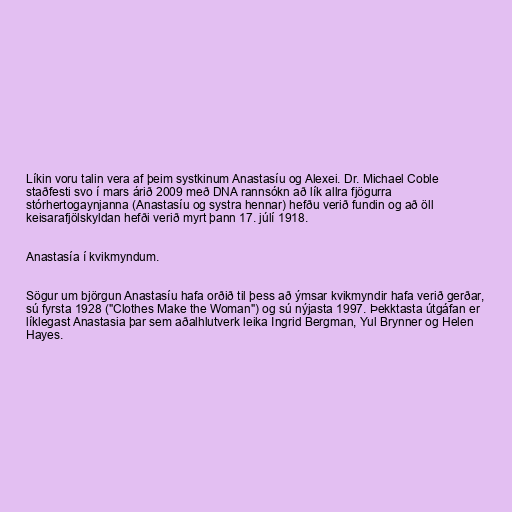
Líkin voru talin vera af þeim systkinum Anastasíu og Alexei. Dr. Michael Coble
staðfesti svo í mars árið 2009 með DNA rannsókn að lík allra fjögurra
stórhertogaynjanna (Anastasíu og systra hennar) hefðu verið fundin og að öll
keisarafjölskyldan hefði verið myrt þann 17. júlí 1918.

Anastasía í kvikmyndum.

Sögur um björgun Anastasíu hafa orðið til þess að ýmsar kvikmyndir hafa verið gerðar,
sú fyrsta 1928 ("Clothes Make the Woman") og sú nýjasta 1997. Þekktasta útgáfan er
líklegast Anastasia þar sem aðalhlutverk leika Ingrid Bergman, Yul Brynner og Helen
Hayes.